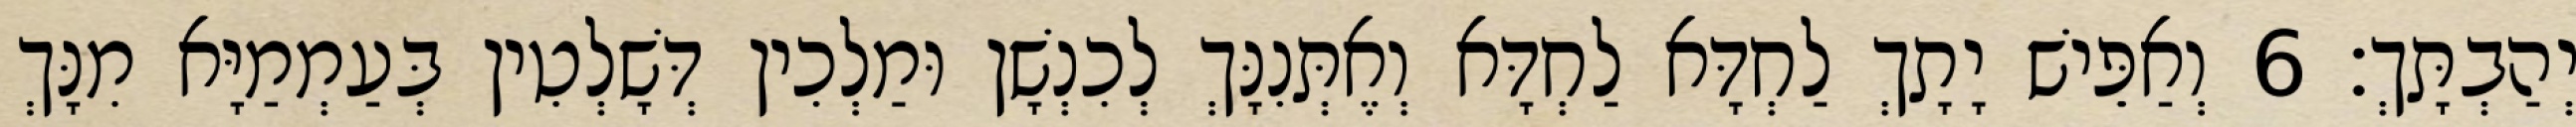
יְהַבְתָּךְ׃ 6 וְאַפֵּישׁ יָתָךְ לַחְדָּא לַחְדָּא וְאֶתְּנִנָּךְ לְכִנְשָׁן וּמַלְכִין דְּשָׁלְטִין בְּעַמְמַיָּא מִנָּךְ